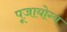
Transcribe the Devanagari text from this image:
पूजायोग्य